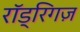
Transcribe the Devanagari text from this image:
रॉड्रिगज़